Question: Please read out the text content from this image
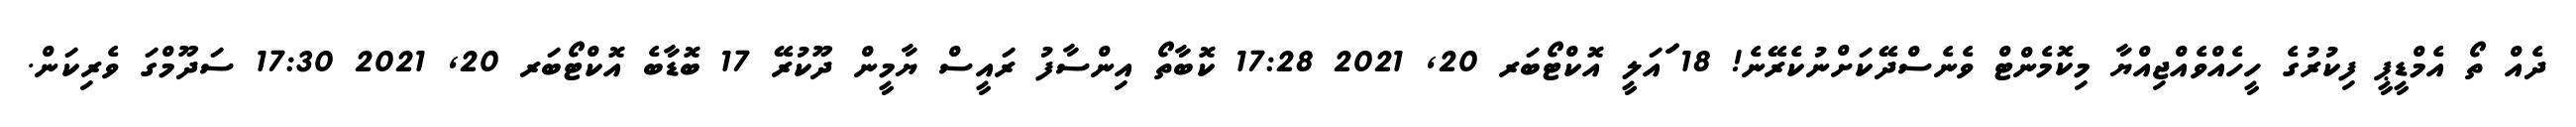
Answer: ދެއް ތޯ އެމްޑީޕީ ފިކުރުގެ ހީހެއްވެއްޖިއްޔާ މިކޮމެންޓް ވެނެސްދޭކަށްނުކެރޭނެ! 18 ަަަައަލީ އޮކްޓޯބަރ 20, 2021 17:28 ކޮބާތޯ އިންސާފު ރައީސް ޔާމީން ދޫކުރޭ 17 ބޮޑާބެ އޮކްޓޯބަރ 20, 2021 17:30 ސަދޫމްގަ ވެރިކަން.